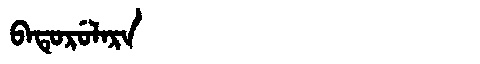
Manchu: ᠪᠠᡨᡠᡵᡠᠯᠠᡵᠠ
Romanization: BATURULARA